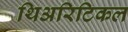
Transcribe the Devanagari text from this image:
थिअरिटिकल